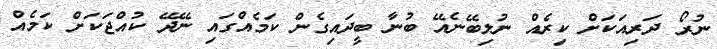
ނުރޯ ދަރިއަކަށް ކިރެއް ނުލިބޭނެއޭ ބުނާ ބީދައިގެން ކަމެއްގައި ނޭދޭ ކުއްޖަކަށް ކަމެއް